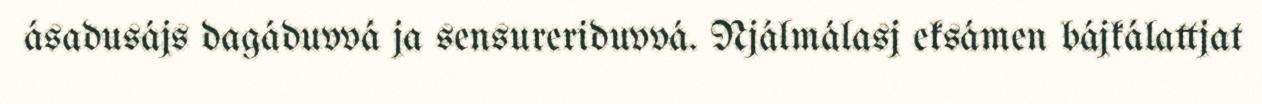
ásadusájs dagáduvvá ja sensureriduvvá. Njálmálasj eksámen bájkálattjat